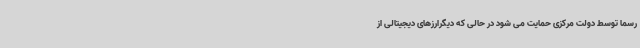
رسما توسط دولت مرکزی حمایت می شود در حالی که دیگرارزهای دیجیتالی از